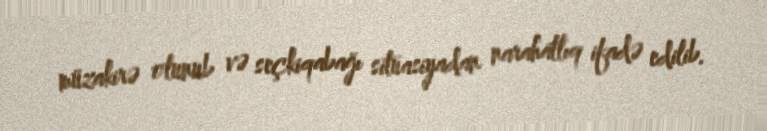
müzakirə olunub və seçkiqabağı situasiyadan narahatlıq ifadə edilib.